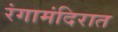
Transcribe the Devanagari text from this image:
रंगामंदिरात